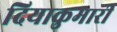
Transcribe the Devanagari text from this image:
दियाकुमारी